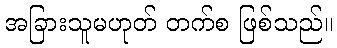
အခြားသူမဟုတ် တက်စ ဖြစ်သည်။